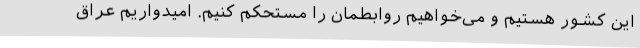
این کشور هستیم و می‌خواهیم روابطمان را مستحکم کنیم. امیدواریم عراق